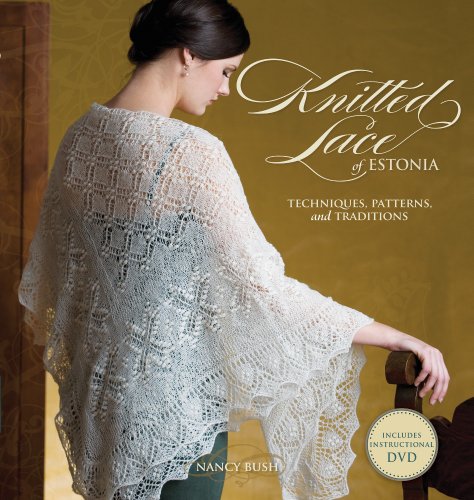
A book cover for Knitted Lace of Estonia with DVD: Techniques, Patterns, and Traditions; Nancy Bush; Crafts, Hobbies & Home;